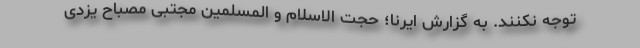
توجه نکنند. به گزارش ایرنا؛ حجت الاسلام و المسلمین مجتبی مصباح یزدی